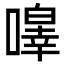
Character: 𭋔